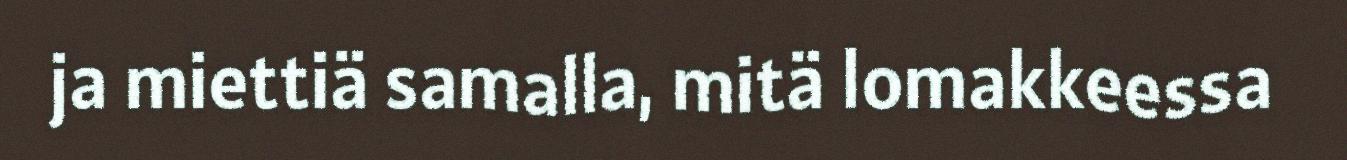
ja miettiä samalla, mitä lomakkeessa